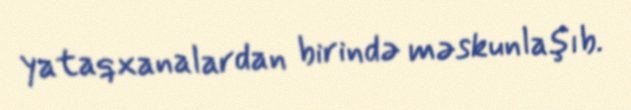
yataqxanalardan birində məskunlaşıb.